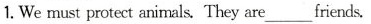
1.We must protect animals.They are ___ friends.